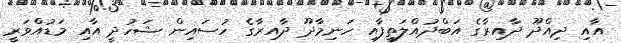
އާއި ދިއްދޫ ދާއިރާގެ އަބްދުއްލަތީފާއި ހަނިމާދޫ ދާއިރާގެ ހުސައިން ޝަހުދީ އާއި މަޑުއްވަރީ